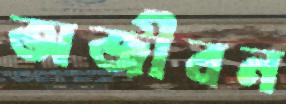
অজীবন